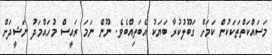
މަސައްކަތްތަކަކުން ކަމަށް ގަބޫލުކުރާ ބަޔަކު އެބަތިއްބެވެ. ނޫން ނަމަ ރައީސް މުހައްމަދު ނަޝީދަށް